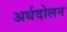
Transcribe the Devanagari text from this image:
अर्धदोलन